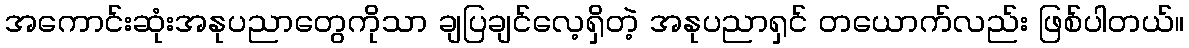
အကောင်းဆုံးအနုပညာတွေကိုသာ ချပြချင်လေ့ရှိတဲ့ အနုပညာရှင် တယောက်လည်း ဖြစ်ပါတယ်။